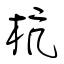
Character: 杭